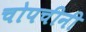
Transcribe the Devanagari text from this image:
चोपचीनी